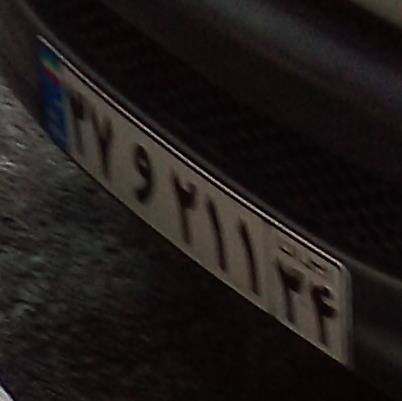
۳۷و۲۱۱۳۴